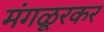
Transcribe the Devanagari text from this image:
मंगळूरकर